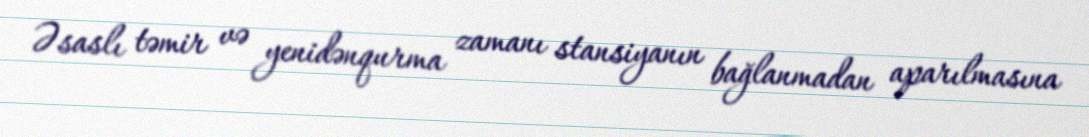
Əsaslı təmir və yenidənqurma zamanı stansiyanın bağlanmadan aparılmasına